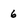
Character: 6